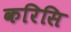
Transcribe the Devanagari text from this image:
करिसि